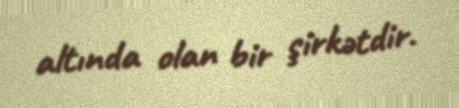
altında olan bir şirkətdir.